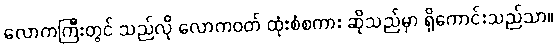
လောကကြီးတွင် သည်လို လောကဝတ် ထုံးစံစကား ဆိုသည်မှာ ရှိကောင်းသည်သာ။